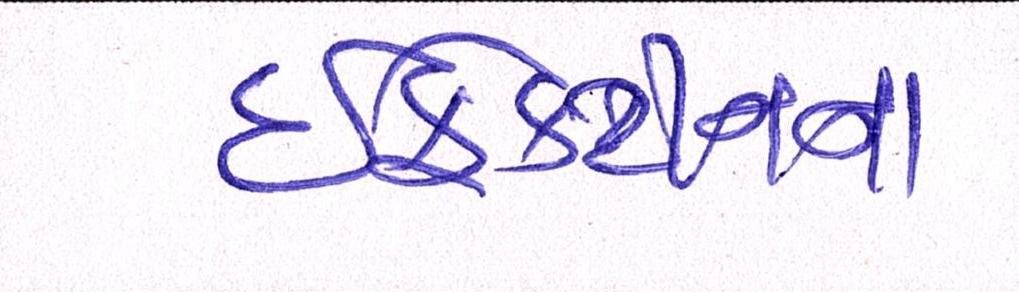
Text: ઇફેડ્રીનના